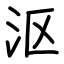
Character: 沤